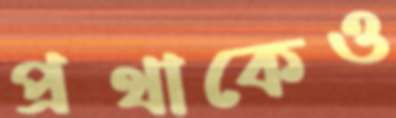
প্রথাকেও